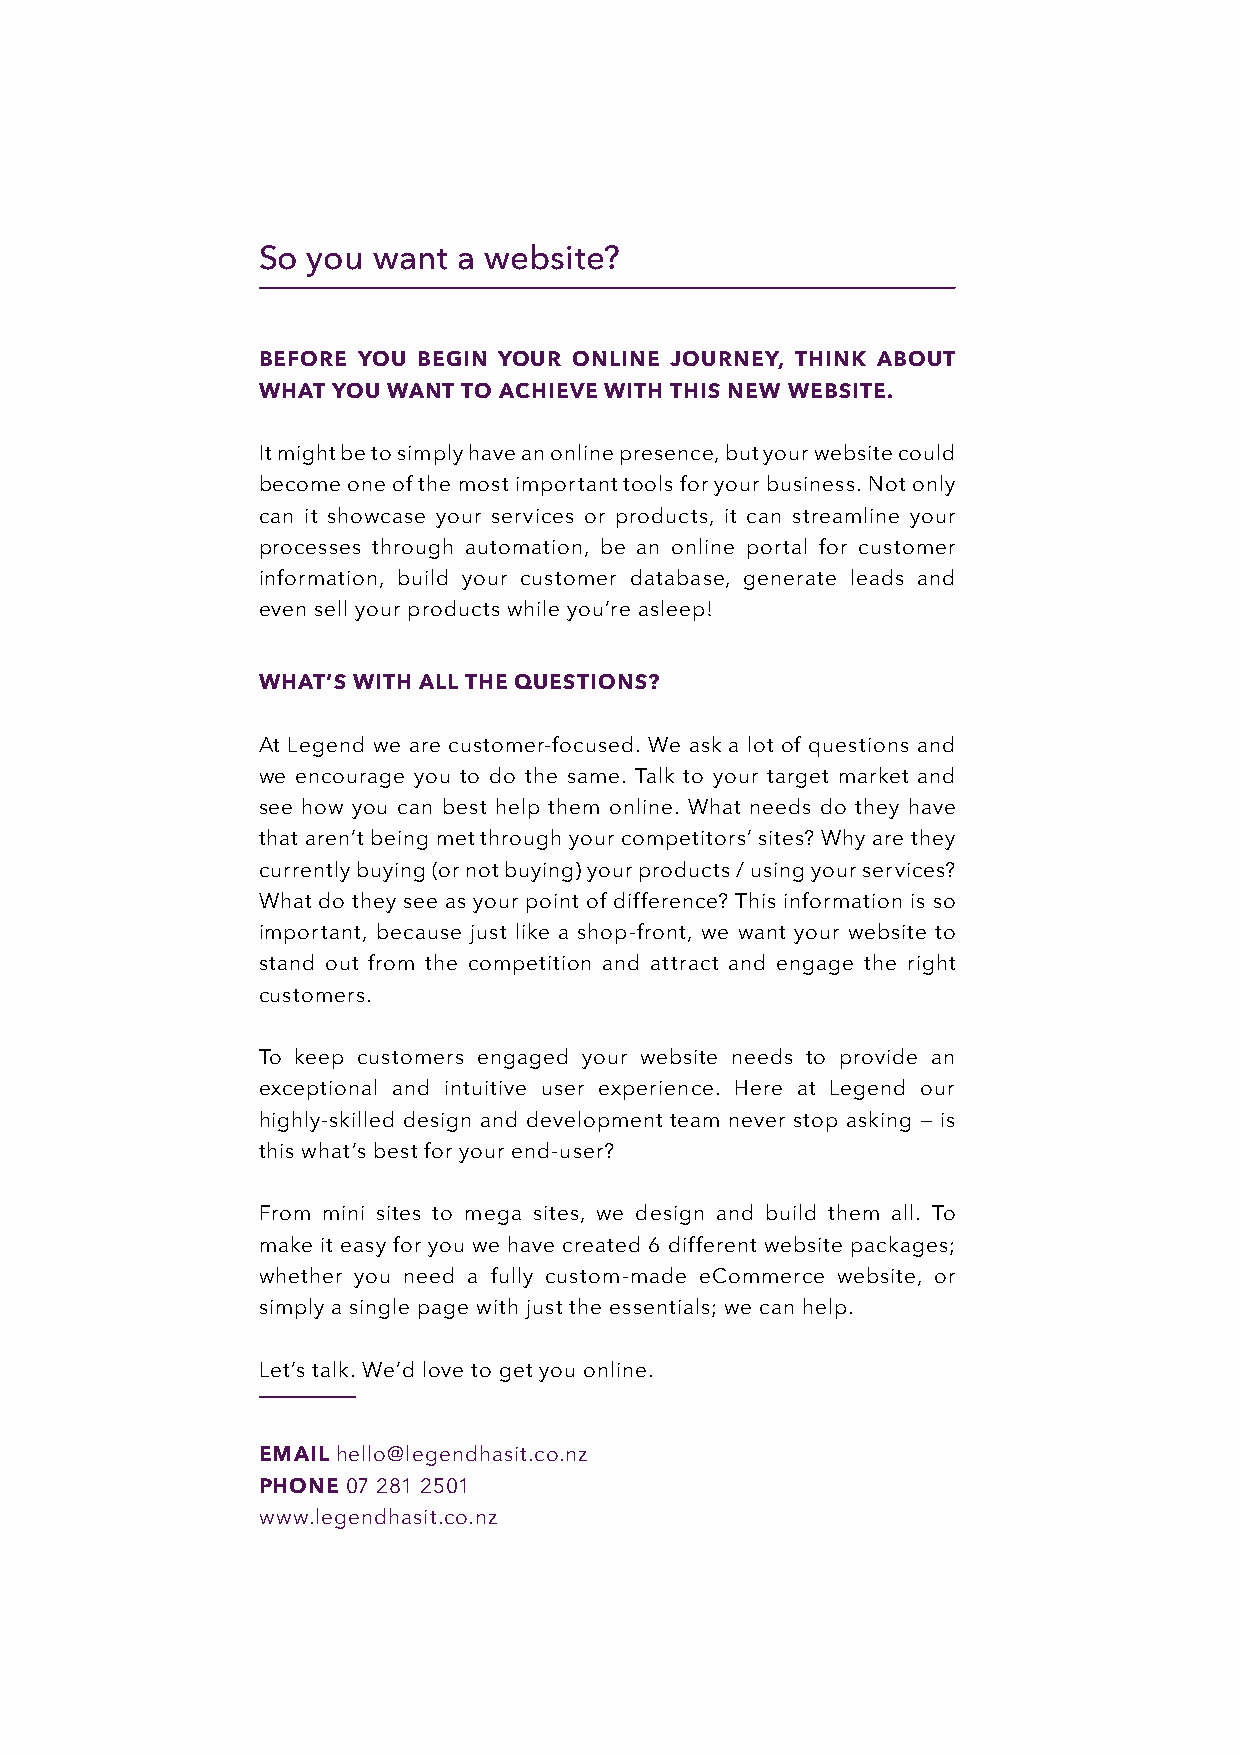
So you  want a website?
 BEFORE YOU BEGIN YOUR ONLINE JOURNEY, THINK ABOUT
 WHAT YOU WANT TO ACHIEVE WITH THIS NEW WEBSITE.
 It might be to simply have an online presence, but your website could
 become one of the most important tools for your business. Not only
 can it showcase your services or products, it can streamline your
 processes through automation, be an online portal for customer
 information, build your customer database, generate leads and
 even sell your products while you’re asleep!
 WHAT’S WITH ALL THE QUESTIONS?
 At Legend we are customer-focused. We ask a lot of questions and
 we encourage you to do the same. Talk to your target market and
 see how you can best help them online. What needs do they have
 that aren’t being met through your competitors’ sites? Why are they
 currently buying (or not buying) your products / using your services?
 What do they see as your point of difference? This information is so
 important, because just like a shop-front, we want your website to
 stand out from the competition and attract and engage the right
 customers.
 To keep customers engaged your website needs to provide an
 exceptional and intuitive user experience. Here at Legend our
 highly-skilled design and development team never stop asking — is
 this what’s best for your end-user?
 From mini sites to mega sites, we design and build them all. To
 make it easy for you we have created 6 different website packages;
 whether you need a fully custom-made eCommerce website, or
 simply a single page with just the essentials; we can help.
 Let’s talk. We’d love to get you online.
 EMAIL hello@legendhasit.co.nz
 PHONE 07 281 2501
 www.legendhasit.co.nz